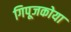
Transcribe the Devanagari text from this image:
गिपूजकोया